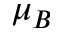
\mu _ { B }